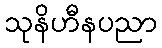
သုနိဟီနပညာ